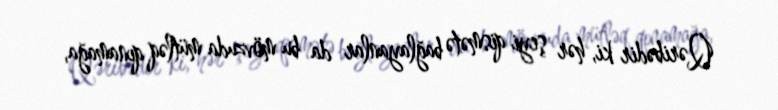
Qəribədir ki, hər şeyi qismətə bağlayanlar da bu mövzuda mütləq qınamağa,